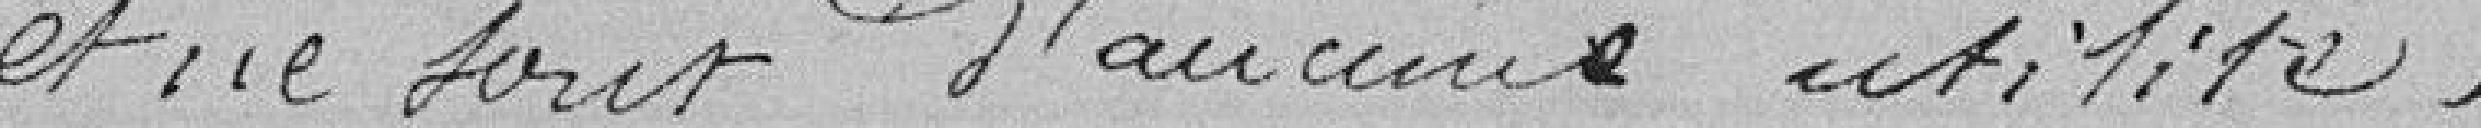
Et ne sont d'aucune utilité